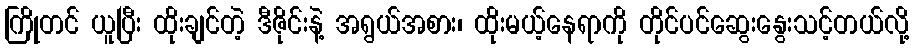
ကြိုတင် ယူပြီး ထိုးချင်တဲ့ ဒီဇိုင်းနဲ့ အရွယ်အစား၊ ထိုးမယ့်နေရာကို တိုင်ပင်ဆွေးနွေးသင့်တယ်လို့